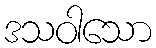
ဒသဝါသော